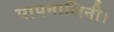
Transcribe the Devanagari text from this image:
पापनाशिनी।